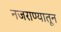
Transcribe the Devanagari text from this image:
नजराण्यातून